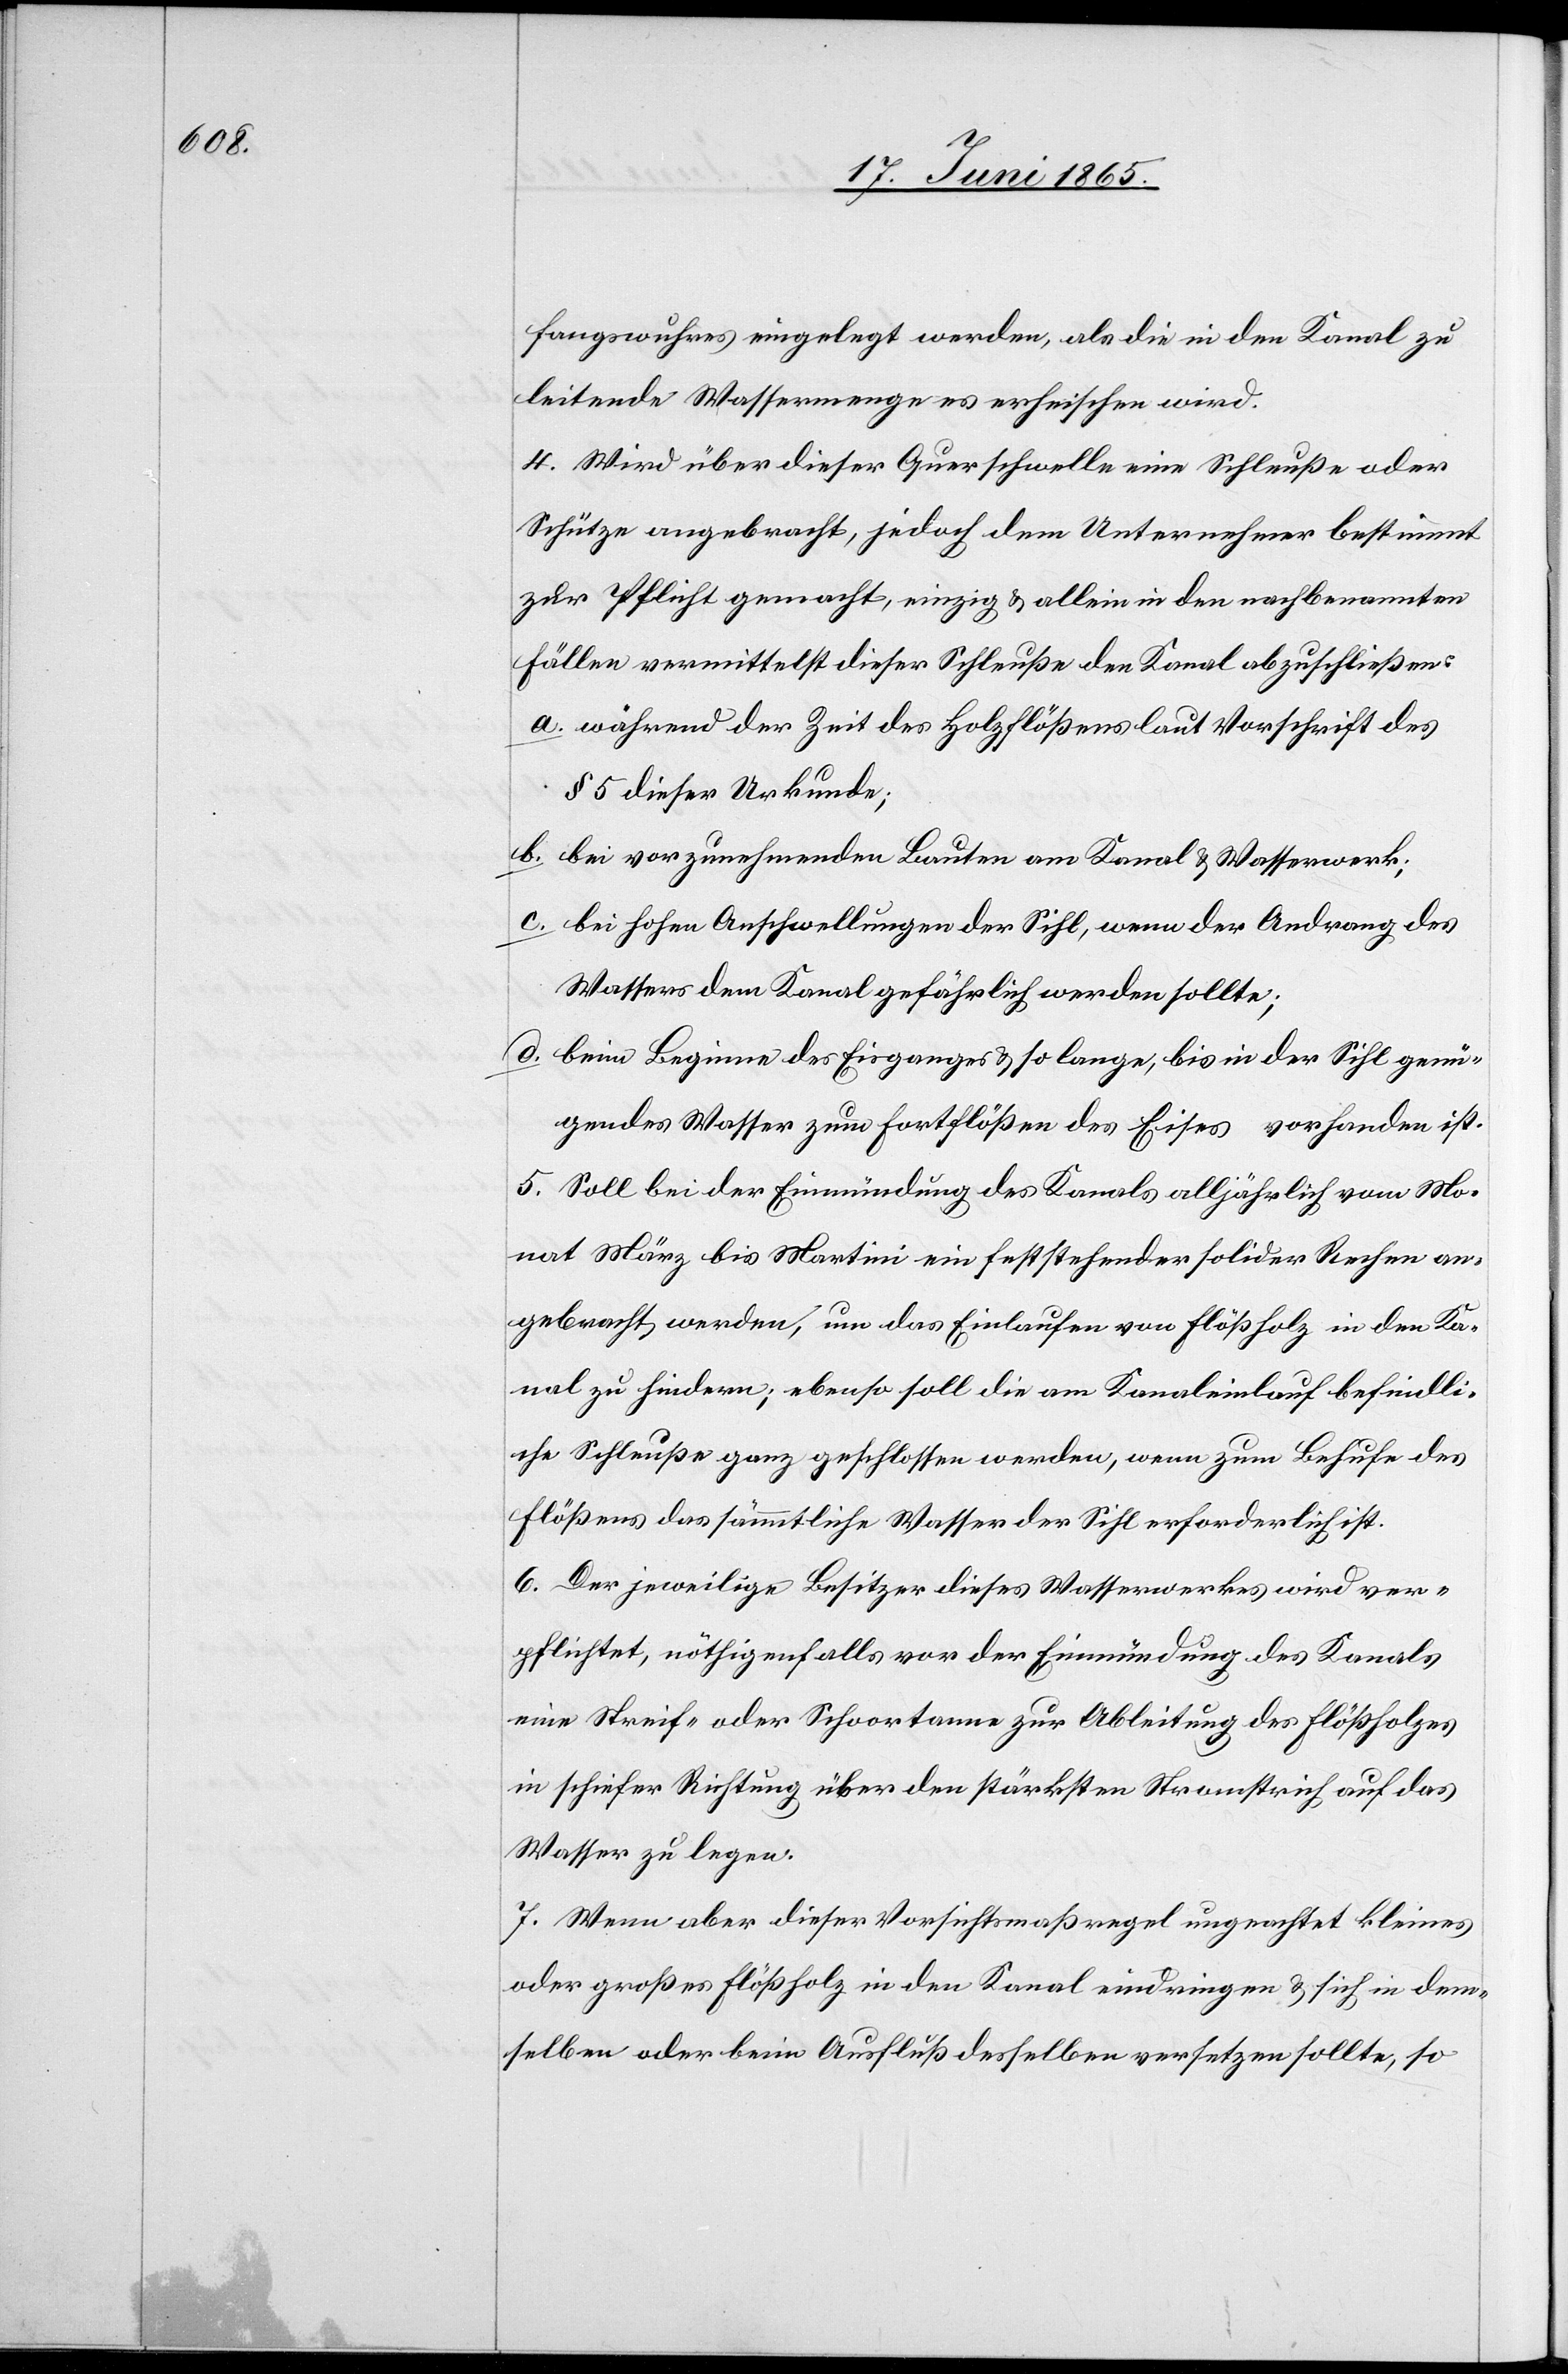
fangswuhres eingelegt werden, als die in den Kanal zu
leitende Wassermenge es erheischen wird.
4. Wird über dieser Querschwelle eine Schleuße oder
Schütze angebracht, jedoch dem Unternehmer bestimmt
zur Pflicht gemacht, einzig & allein in den nachbenannten
Fällen vermittelst dieser Schleuße den Kanal abzuschließen:
a. während der Zeit des Holzflößens laut Vorschrift des
§ 5 dieser Urkunde;
b. bei vorzunehmenden Bauten am Kanal & Wasserwerk;
c. bei hohen Anschwellungen der Sihl, wenn der Andrang des
Wassers dem Kanal gefährlich werden sollte;
d. beim Beginne des Eisganges & so lange, bis in der Sihl genü¬
gendes Wasser zum Fortflößen des Eises vorhanden ist.
5. Soll bei der Einmündung des Kanals alljährlich vom Mo¬
nat März bis Martini ein feststehender solider Rechen an¬
gebracht werden, um das Einlaufen von Flößholz in den Ka¬
nal zu hindern; ebenso soll die am Kanaleinlauf befindli¬
che Schleuße ganz geschlossen werden, wenn zum Behufe des
Flößens das sämmtliche Wasser der Sihl erforderlich ist.
6. Der jeweilige Besitzer dieses Wasserwerkes wird ver¬
pflichtet, nöthigenfalls vor der Einmündung des Kanals
eine Streif- oder Schoortanne zur Ableitung des Flößholzes
in schiefer Richtung über den stärksten Stromstrich auf das
Wasser zu legen.
7. Wenn aber dieser Vorsichtsmaßregel ungeachtet kleines
oder großes Flößholz in den Kanal eindringen & sich in dem¬
selben oder beim Ausfluß desselben versetzen sollte, so